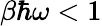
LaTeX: \beta\hbar\omega<1